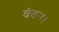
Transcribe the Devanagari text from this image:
वंचन।